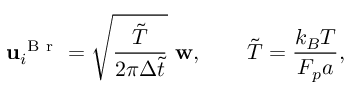
\mathbf { u } _ { i } ^ { \mathrm { ~ B ~ r ~ } } = \sqrt { \frac { \tilde { T } } { 2 \pi \Delta \tilde { t } } } ~ \mathbf { w } , \qquad \tilde { T } = \frac { k _ { B } T } { F _ { p } a } ,